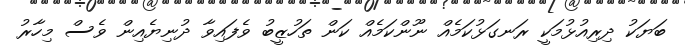
ބަޔަކު ދިރިއުޅުމަކީ ރަނގަޅުކަމެއް ނޫންކަމެއް ކަން ތަހުޒީބު ވެފައިވާ ދުނިޔެއިން ވެސް މިހާރު